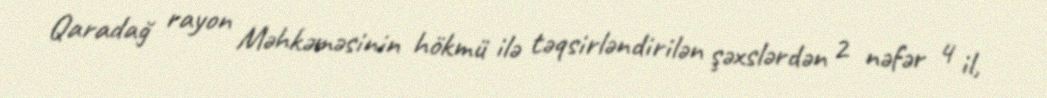
Qaradağ rayon Məhkəməsinin hökmü ilə təqsirləndirilən şəxslərdən 2 nəfər 4 il,